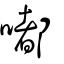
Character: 嘟